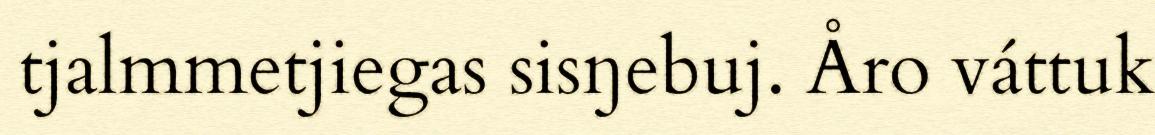
tjalmmetjiegas sisŋebuj. Åro váttuk